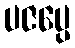
ပဇပ္ပေ